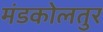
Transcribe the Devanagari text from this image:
मंडकोलतुर